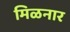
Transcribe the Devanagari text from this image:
मिळनार